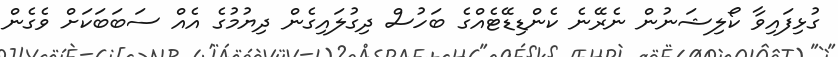
ގުޅިފައިވާ ކޯލިޝަނުން ނެރޭނެ ކެންޑިޑޭޓެއްގެ ބަހުސް ދިގުލައިގެން ދިޔުމުގެ އެއް ސަބަބަކަށް ވެގެން